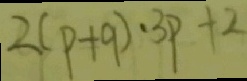
2 ( p + q ) \cdot 3 p + 2